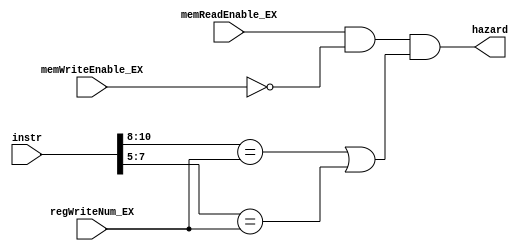
module hazard_stall (
    instr, memWriteEnable_EX, memReadEnable_EX, regWriteNum_EX, hazard
);

input [15:0] instr;
input memWriteEnable_EX, memReadEnable_EX;
input[2:0] regWriteNum_EX;

output hazard;

wire [2:0] Rs, Rt;

assign Rs = instr[10:8];
assign Rt = instr[7:5];



// only hazard situation is first loading data from data memory and use the data in the next insrtuction
//R2 = LW(R0);
//R3 = R1 + R2;
assign hazard = (memReadEnable_EX & (~memWriteEnable_EX) & ((Rs == regWriteNum_EX) | (Rt == regWriteNum_EX)));


    
endmodule